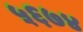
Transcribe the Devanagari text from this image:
५६७४